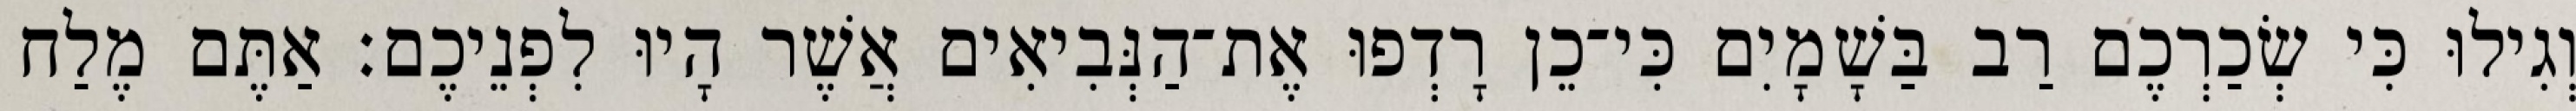
וְגִילוּ כִּי שְׂכַרְכֶם רַב בַּשָׁמָיִם כִּי־כֵן רָדְפוּ אֶת־הַנְּבִיאִים אֲשֶׁר הָיוּ לִפְנֵיכֶם׃ אַתֶּם מֶלַח